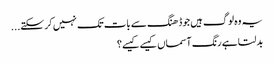
یہ وہ لوگ ہیں جو ڈھنگ سے بات تک نہیں کر سکتے...
بدلتا ہے رنگ آسماں کیسے کیسے؟